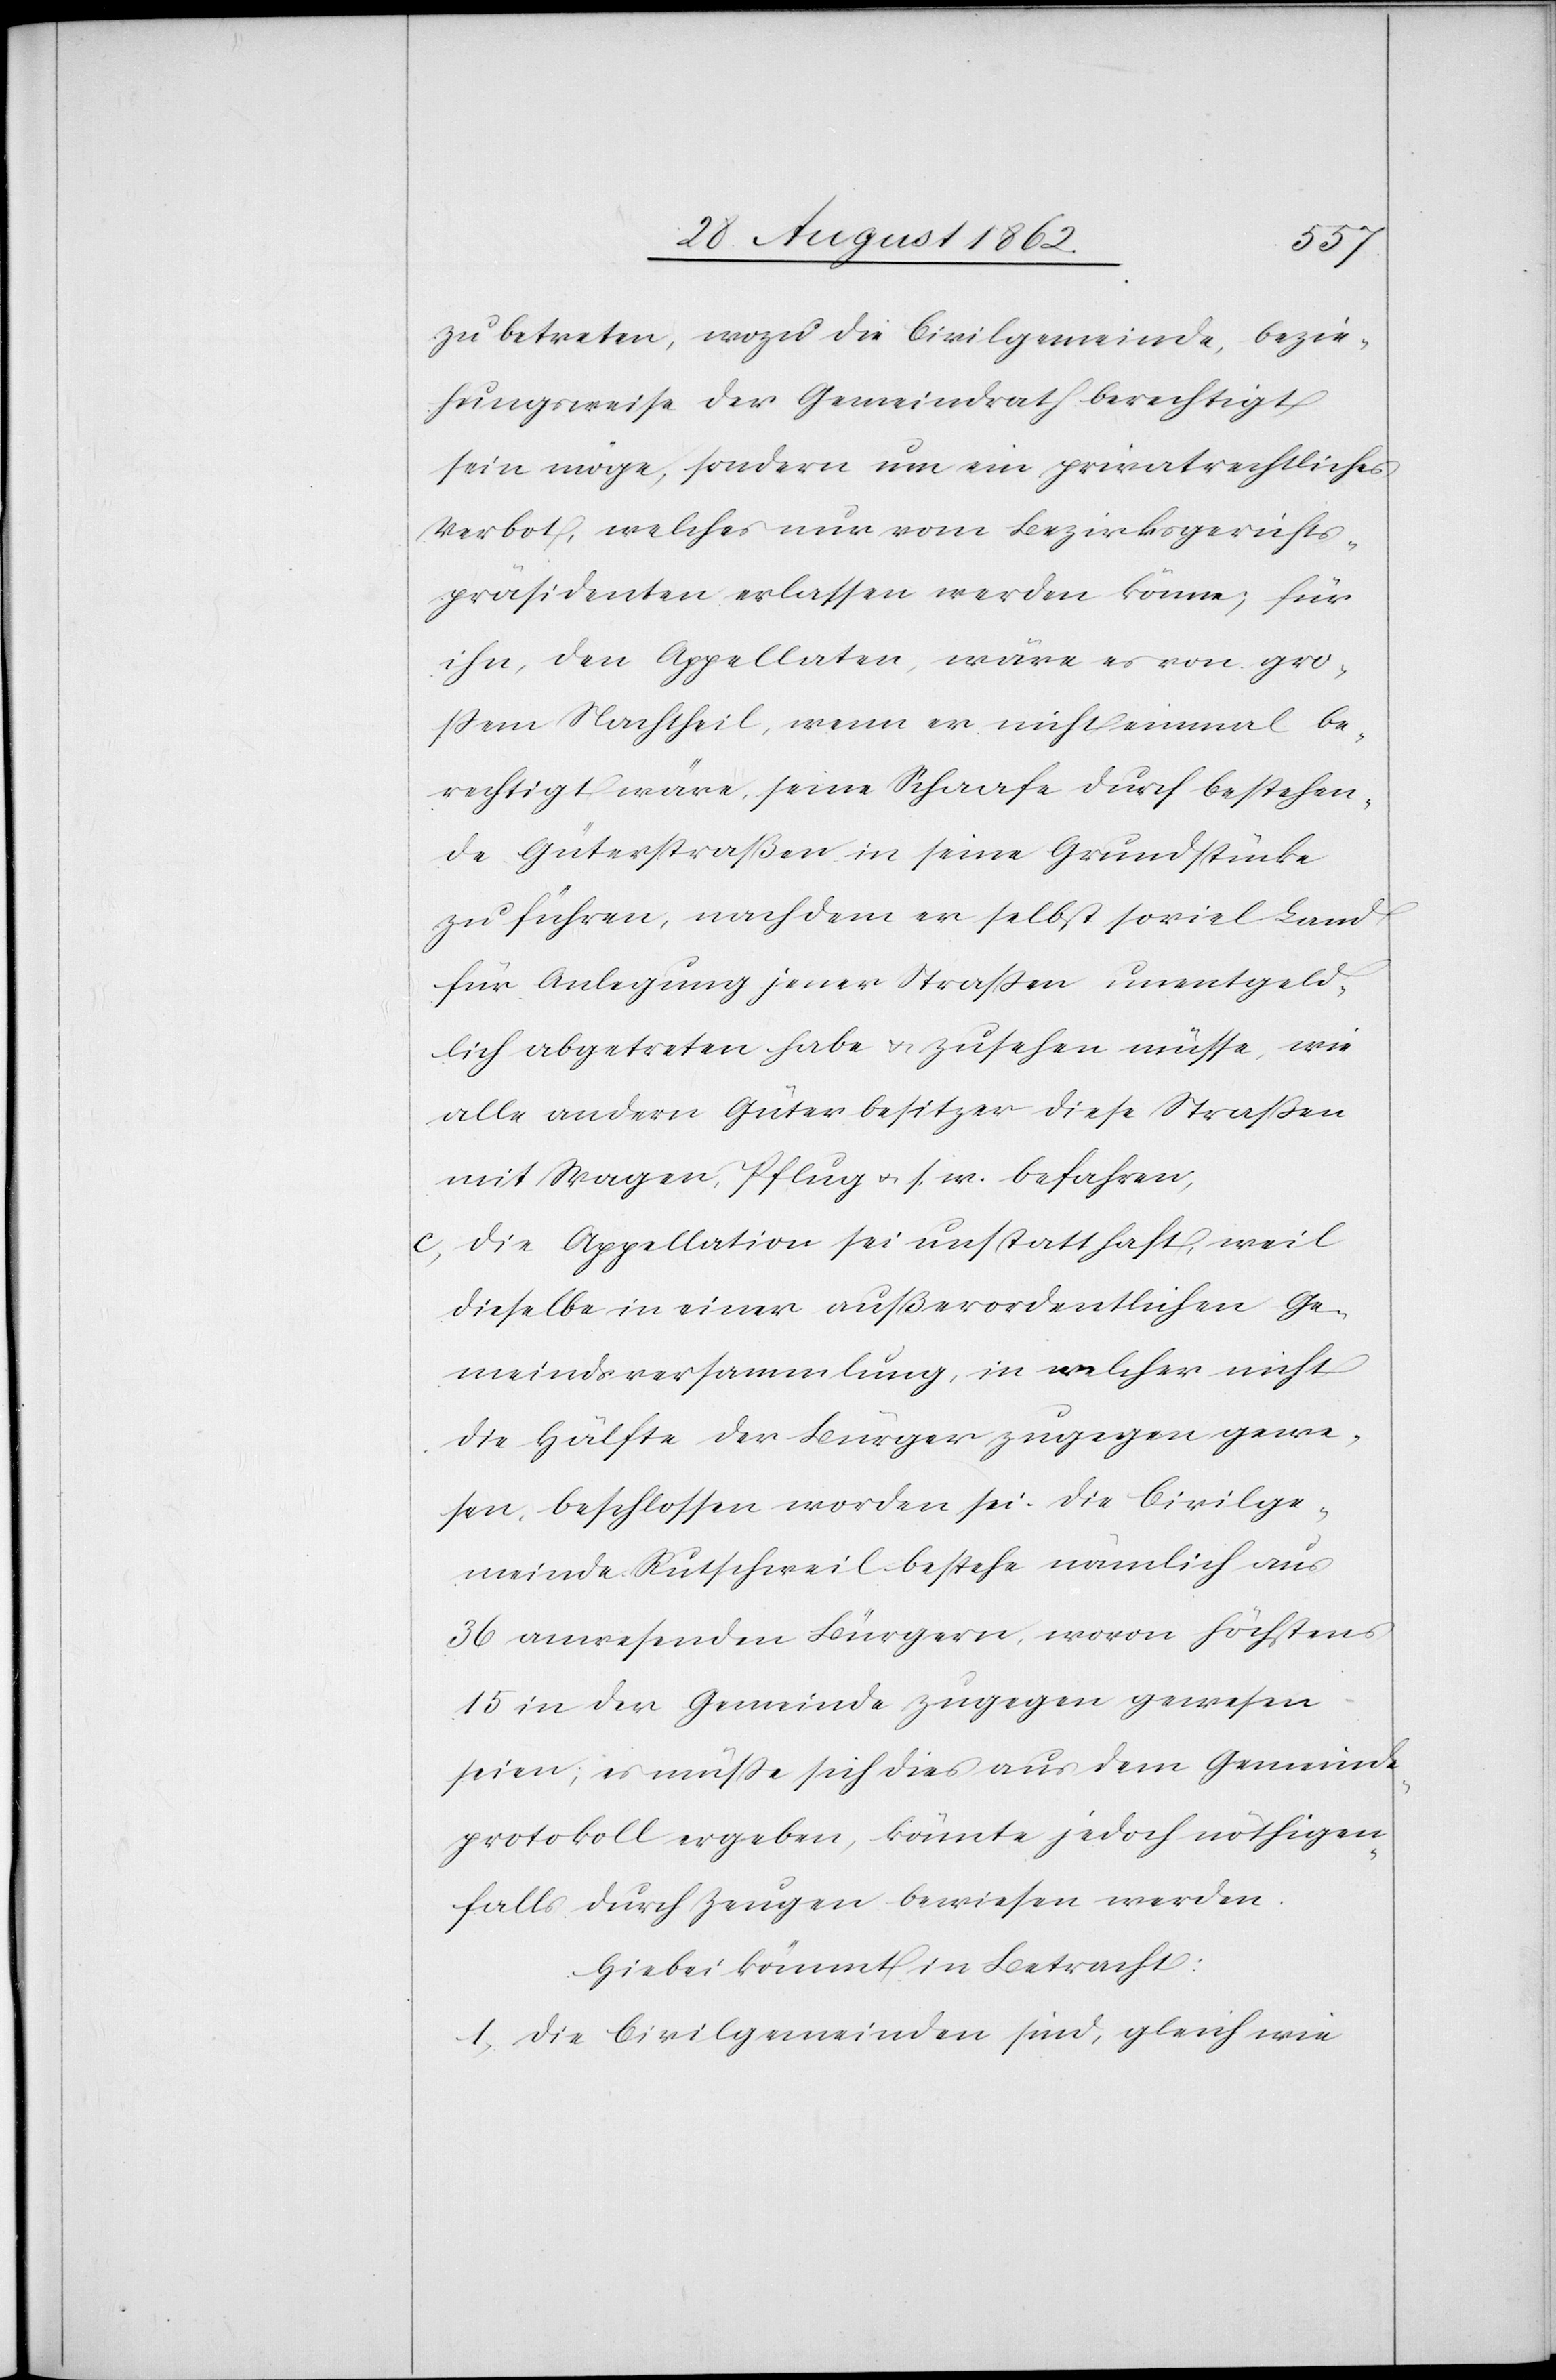
zu betreten, wozu die Civilgemeinde, bezie¬
hungsweise der Gemeindrath berechtigt
sein möge, sondern um ein privatrechtliches
Verbot, welches nur vom Bezirksgerichts¬
präsidenten erlassen werden könne; für
ihn, den Appellaten, wäre es von gro¬
ßem Nachtheil, wenn er nicht einmal be¬
rechtigt wäre, seine Schaafe durch bestehen¬
de Güterstraßen in seine Grundstücke
zu führen, nachdem er selbst soviel Land
für Anlegung jener Straßen unentgeld¬
lich abgetreten habe u. zusehen müsse, wie
alle andern Güterbesitzer diese Straßen
mit Wagen, Pflug u. s. w. befahren;
c. Die Appellation sei unstatthaft, weil
dieselbe in einer außerordentlichen Ge¬
meindsversammlung, in welcher nicht
die Hälfte der Bürger zugegen gewe¬
sen, beschlossen worden sei. Die Civilge¬
meinde Rutschweil bestehe nämlich aus
36 anwesenden Bürgern, wovon höchstens
15 in der Gemeinde zugegen gewesen
seien; es müße sich dies aus dem Gemeinde¬
protokoll ergeben, könnte jedoch nöthigen¬
falls durch Zeugen bewiesen werden.
Hiebei kömmt in Betracht:
1. Die Civilgemeinden sind, gleich wie